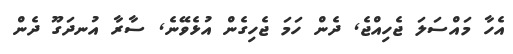
އެހާ މައްސަލަ ޖެހިއްޖެ